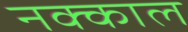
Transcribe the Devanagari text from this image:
नक्काल